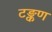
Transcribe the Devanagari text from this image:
टङ्कण